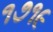
૧૭૧૯